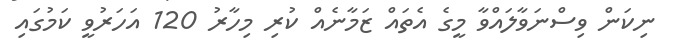
ނިކަން ވިސްނަވާލައްވާ މީގެ އެތައް ޒަމާނެއް ކުރި މިހާރު 120 އަހަރުވީ ކަމުގައި